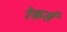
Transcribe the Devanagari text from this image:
रेकर्स